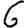
Digit: 6